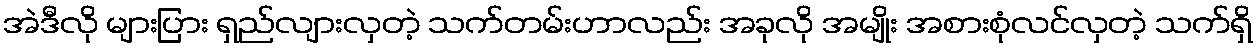
အဲဒီလို များပြား ရှည်လျားလှတဲ့ သက်တမ်းဟာလည်း အခုလို အမျိုး အစားစုံလင်လှတဲ့ သက်ရှိ